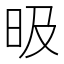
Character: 昅